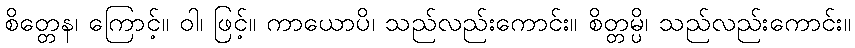
စိတ္တေန၊ ကြောင့်။ ဝါ၊ ဖြင့်။ ကာယောပိ၊ သည်လည်းကောင်း။ စိတ္တမ္ပိ၊ သည်လည်းကောင်း။